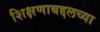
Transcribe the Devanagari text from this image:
शिक्षणाबद्दलच्या